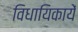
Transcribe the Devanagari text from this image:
विधायिकायें